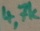
Text: 4,7k